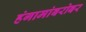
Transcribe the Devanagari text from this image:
हंगामांबरोबर